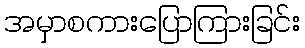
အမှာစကားပြောကြားခြင်း